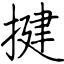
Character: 揵